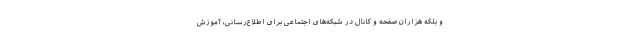
و بلکه هزاران صفحه و کانال در شبکه‌های اجتماعی برای اطلاع‌رسانی، آموزش